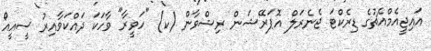
އައިޖީއެމްއެޗުގެ ޑިރެކްޓަ ޖެނެރަލް އޮޕަރޭޝަން ރިޝްވާން (ކ) "ހަވީރާ" ވާހަކަ ދައްކަވާއިރު ސީއީއޯ